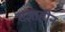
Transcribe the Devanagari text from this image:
सज्ञाहीन